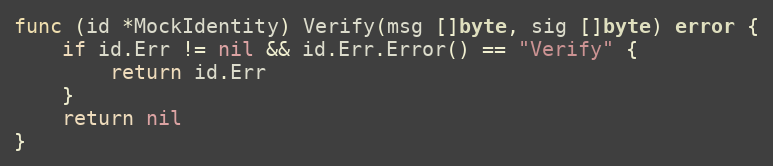
Language: Go
func (id *MockIdentity) Verify(msg []byte, sig []byte) error {
	if id.Err != nil && id.Err.Error() == "Verify" {
		return id.Err
	}
	return nil
}